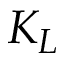
K _ { L }